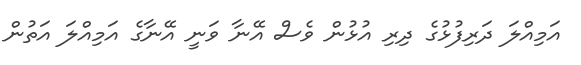
އަމިއްލަ ދަރިފުޅުގެ ދިރި އުޅުން ވެސް އޭނާ ވަނީ އޭނާގެ އަމިއްލަ އަތުން